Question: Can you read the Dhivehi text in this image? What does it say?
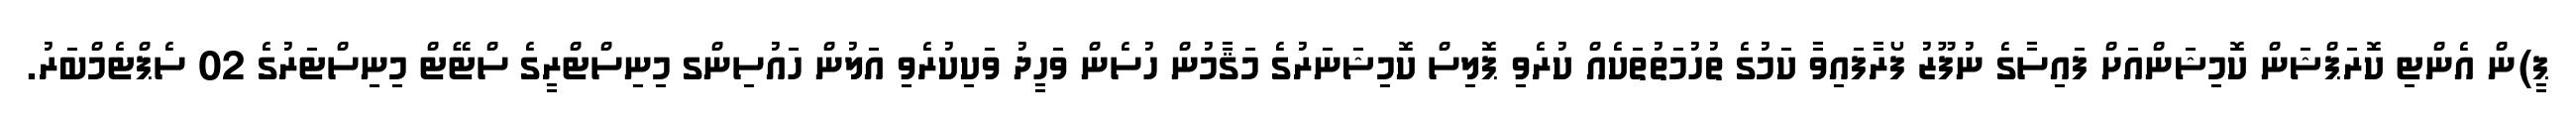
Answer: ޕީ)ން އެންޓި ކޮރަޕްޝަން ކޮމިޝަންއަށް ފައިސާގެ ނުފޫޒު ފޯރާފައިވާ ކަމުގެ ތުހުމަތުތަކެއް ކުރެވި ޕޮލިސް ކޮމިޝަނަރުގެ މަޤާމުން ހުސެން ވަހީދު ވަކިކުރެވި އަލުން ހައުސިންގ މިނިސްޓްރީގެ ސްޓޭޓް މިނިސްޓަރުގެ 02 ސެޕްޓެމްބަރު.